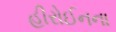
હીરોઈનના